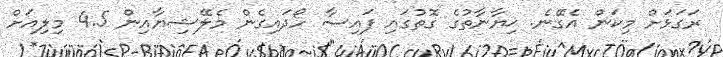
ރަގަޅަށް މިކަން އެގޭނެ. ޚިޔާނާތުގެ ގޮތުގައި ފައިސާ ހޯދައިގެން މެލޭޝިޔާއިން 4.5 މިލިއަށް